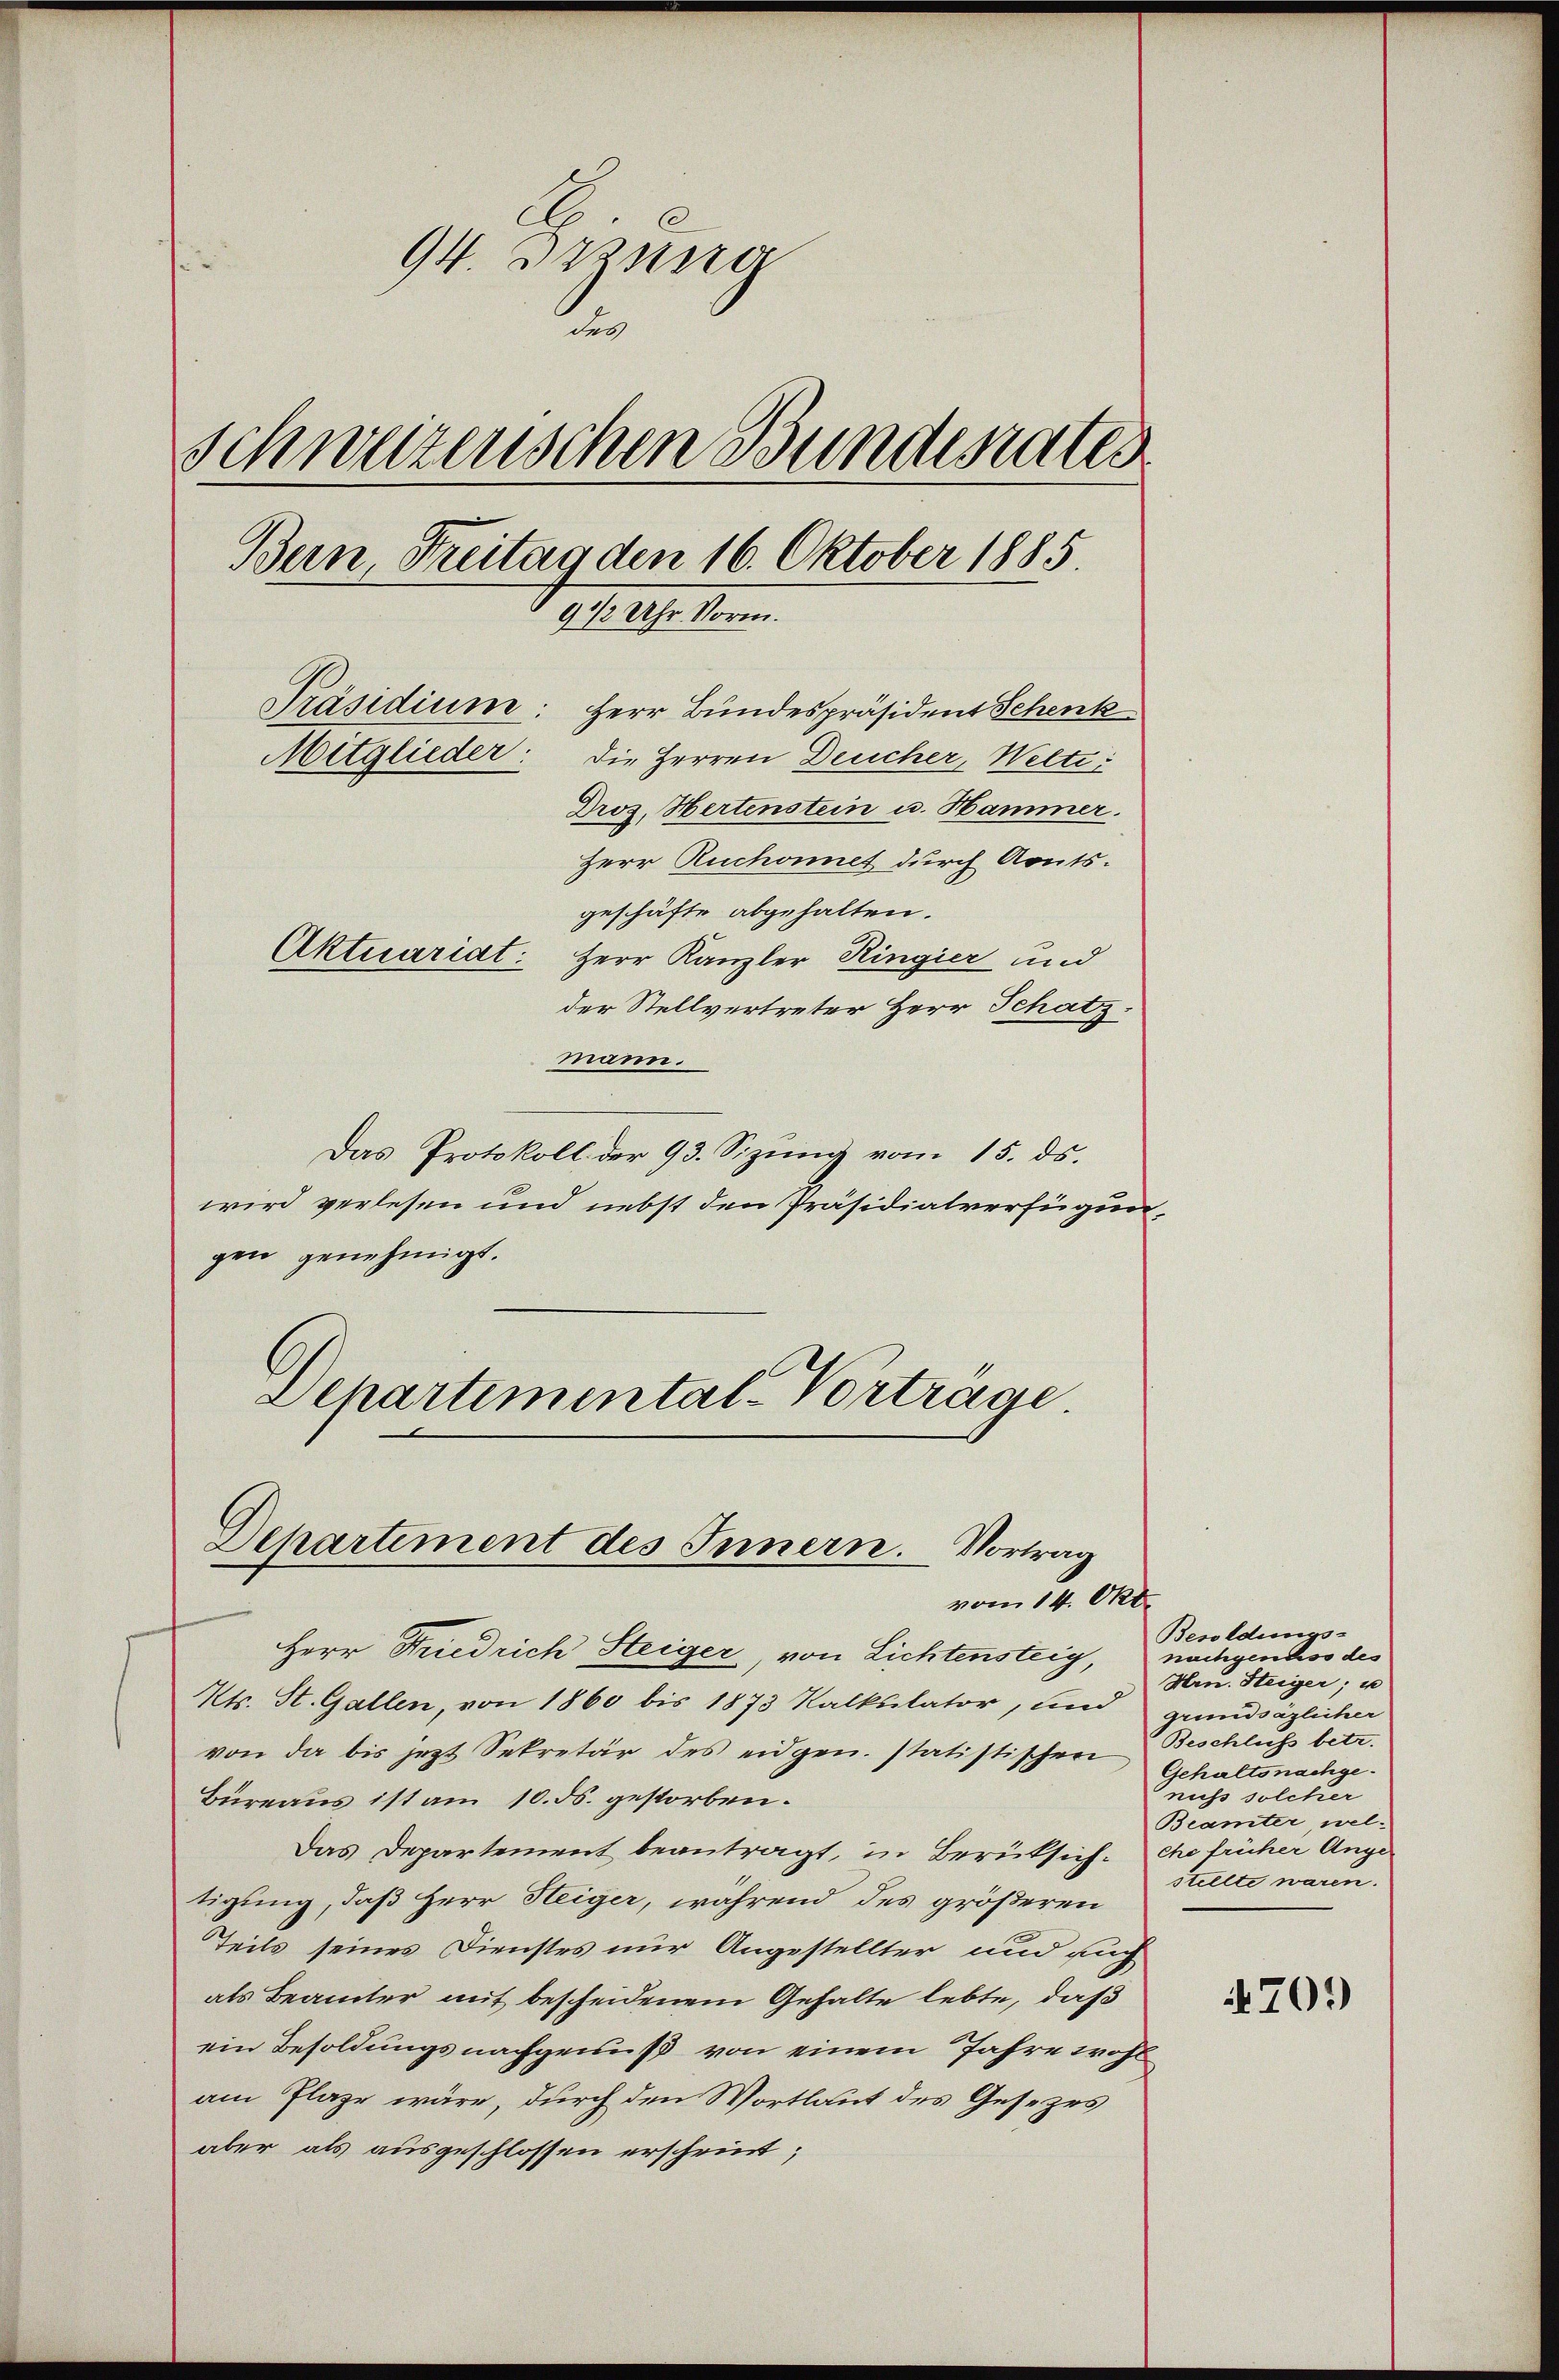
.
94. Dessere
des
Schweizenschen Bundesrates
Bun Freitar den 16. Oktober 1885.
9 1/2 Uhr Vorm.
Präsidium: Herr Bundespräsident Schenk
Mitglieder: die Herren Deucher, Welti
Droz. Hertenstein u. Hammer.
Herr Ruchonnet durch Aouts.
geschäfte abgehalten.
Aktuariat: Herr Kanzler Ringier und
der Stellvertreter Herr Schatz.

mann.
Das Protokoll der 93. Sizung vom 15. ds.
wird verlesen und nebst den Präsidialverfügungen genehmigt.
Departimental-Vortrage.

Departement des Innern. Vortrag
vom 14. Okt.

Herr Friedrich Steiger, von Lichtensteig, nachgendwo des
Kts. St. Gallen, von 1860 bis 1873 Kalkulator, und grundsäglicher
von da bis jezt Sekretär des eidgen. statistischer Beschluss betr.
Büreaus ist am 10. ds. gestorben.
Das Departement beantragt, in Berüksich. che früher Auge
tigung, daß Herr Steiger, während des größeren
Teils seines Dienstes nur Angestellter und auch
als Beamter mit bescheidenem Gehalte lebte, daß
ein Besoldungsnachgenuß von einem Jahre wohl
am Plaze wäre, durch den Wortlaut des Gesezes
aber als ausgeschlossen erscheint;

Besoldungs-
Hrn. Steiger; u
Gehaltsnachgenuss solcher
Beamter, welstellte waren.

4709